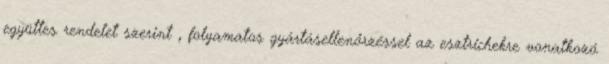
együttes rendelet szerint , folyamatos gyártásellenőrzéssel az esztrichekre vonatkozó